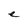
Character: e